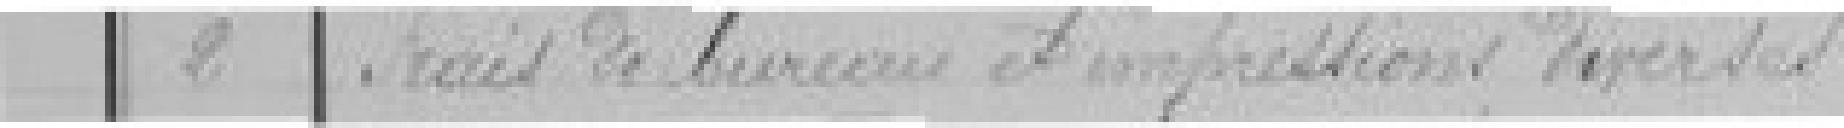
2 Frais de bureau et impressions diverses